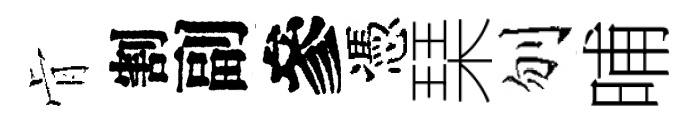
肻割副參憑琹刎晡